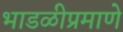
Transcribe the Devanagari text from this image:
भाडळीप्रमाणे